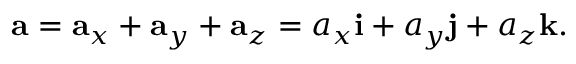
\mathbf { a } = \mathbf { a } _ { x } + \mathbf { a } _ { y } + \mathbf { a } _ { z } = a _ { x } { \mathbf { i } } + a _ { y } { \mathbf { j } } + a _ { z } { \mathbf { k } } .